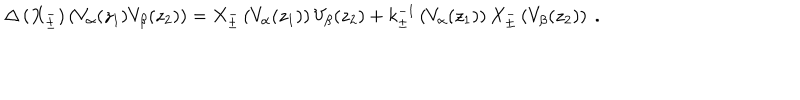
\Delta \left( X _ { \pm } ^ { - } \right) \left( V _ { \alpha } ( z _ { 1 } ) V _ { \beta } ( z _ { 2 } ) \right) = X _ { \pm } ^ { - } \left( V _ { \alpha } ( z _ { 1 } ) \right) V _ { \beta } ( z _ { 2 } ) + k _ { \pm } ^ { - 1 } \left( V _ { \alpha } ( z _ { 1 } ) \right) X _ { \pm } ^ { - } \left( V _ { \beta } ( z _ { 2 } ) \right) { } ~ .